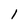
Character: 1